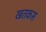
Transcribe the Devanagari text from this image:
खतकस